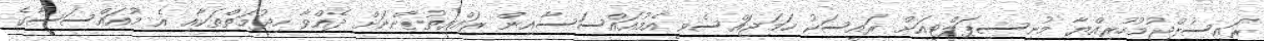
ރައީސުލްޖުމުހުރިއްޔާ މުނިސިޕަލްޓީއަށް ރައީސަކު ހަމަޖައްސެވީ އެމުއައްސަސާއިން ރައްޔިތުންނަށް ދެއްވާ ހިދުމަތްތަކާއި އެ މުއައްސަސާގެ